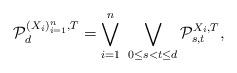
LaTeX: \begin{align*}\mathcal{P}_d^{(X_i)_{i=1}^n,T}=\bigvee_{i=1}^n\ \bigvee_{0\leq s<t\leq d}\mathcal{P}_{s,t}^{X_i,T},\end{align*}